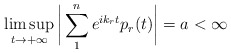
\begin{align*}\limsup_{t \rightarrow + \infty} \bigg| \sum_{1}^{n} e^{ik_r t} p_r(t) \bigg| = a < \infty\end{align*}